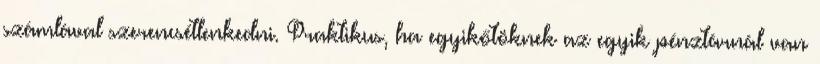
számlával szerencsétlenkedni. Praktikus, ha egyikőtöknek az egyik pénztárnál van